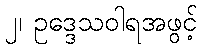
၂၊ ဥဒ္ဒေသဝါရအဖွင့်